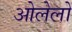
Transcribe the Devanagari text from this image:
ओलेलो